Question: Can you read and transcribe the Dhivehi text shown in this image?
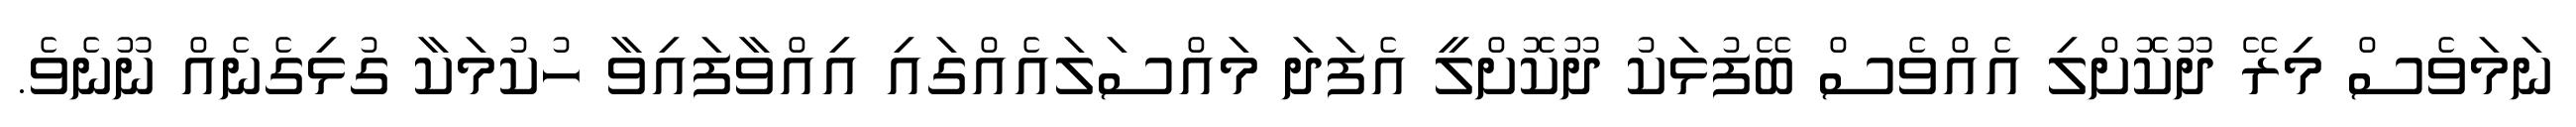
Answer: ނަމަވެސް މިރޭ ދޫކޮށްލި އެއްވެސް ބޭފުޅަކު ދޫކޮށްލީ އެފަދަ މައްސަލައެއްގައި އިއްވާފައިވާ ހުކުމަކާ ގުޅިގެނެއް ނޫނެވެ.